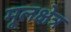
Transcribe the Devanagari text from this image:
मूलक्षेत्र